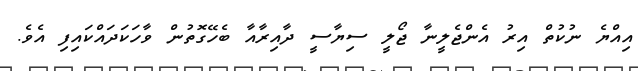
އިއްޔެ ނުކުތް އިރު އެންޖެލީނާ ޖޯލީ ސިޔާސީ ދާއިރާއާ ބެހޭގޮތުން ވާހަކަދައްކައިފި އެވެ.